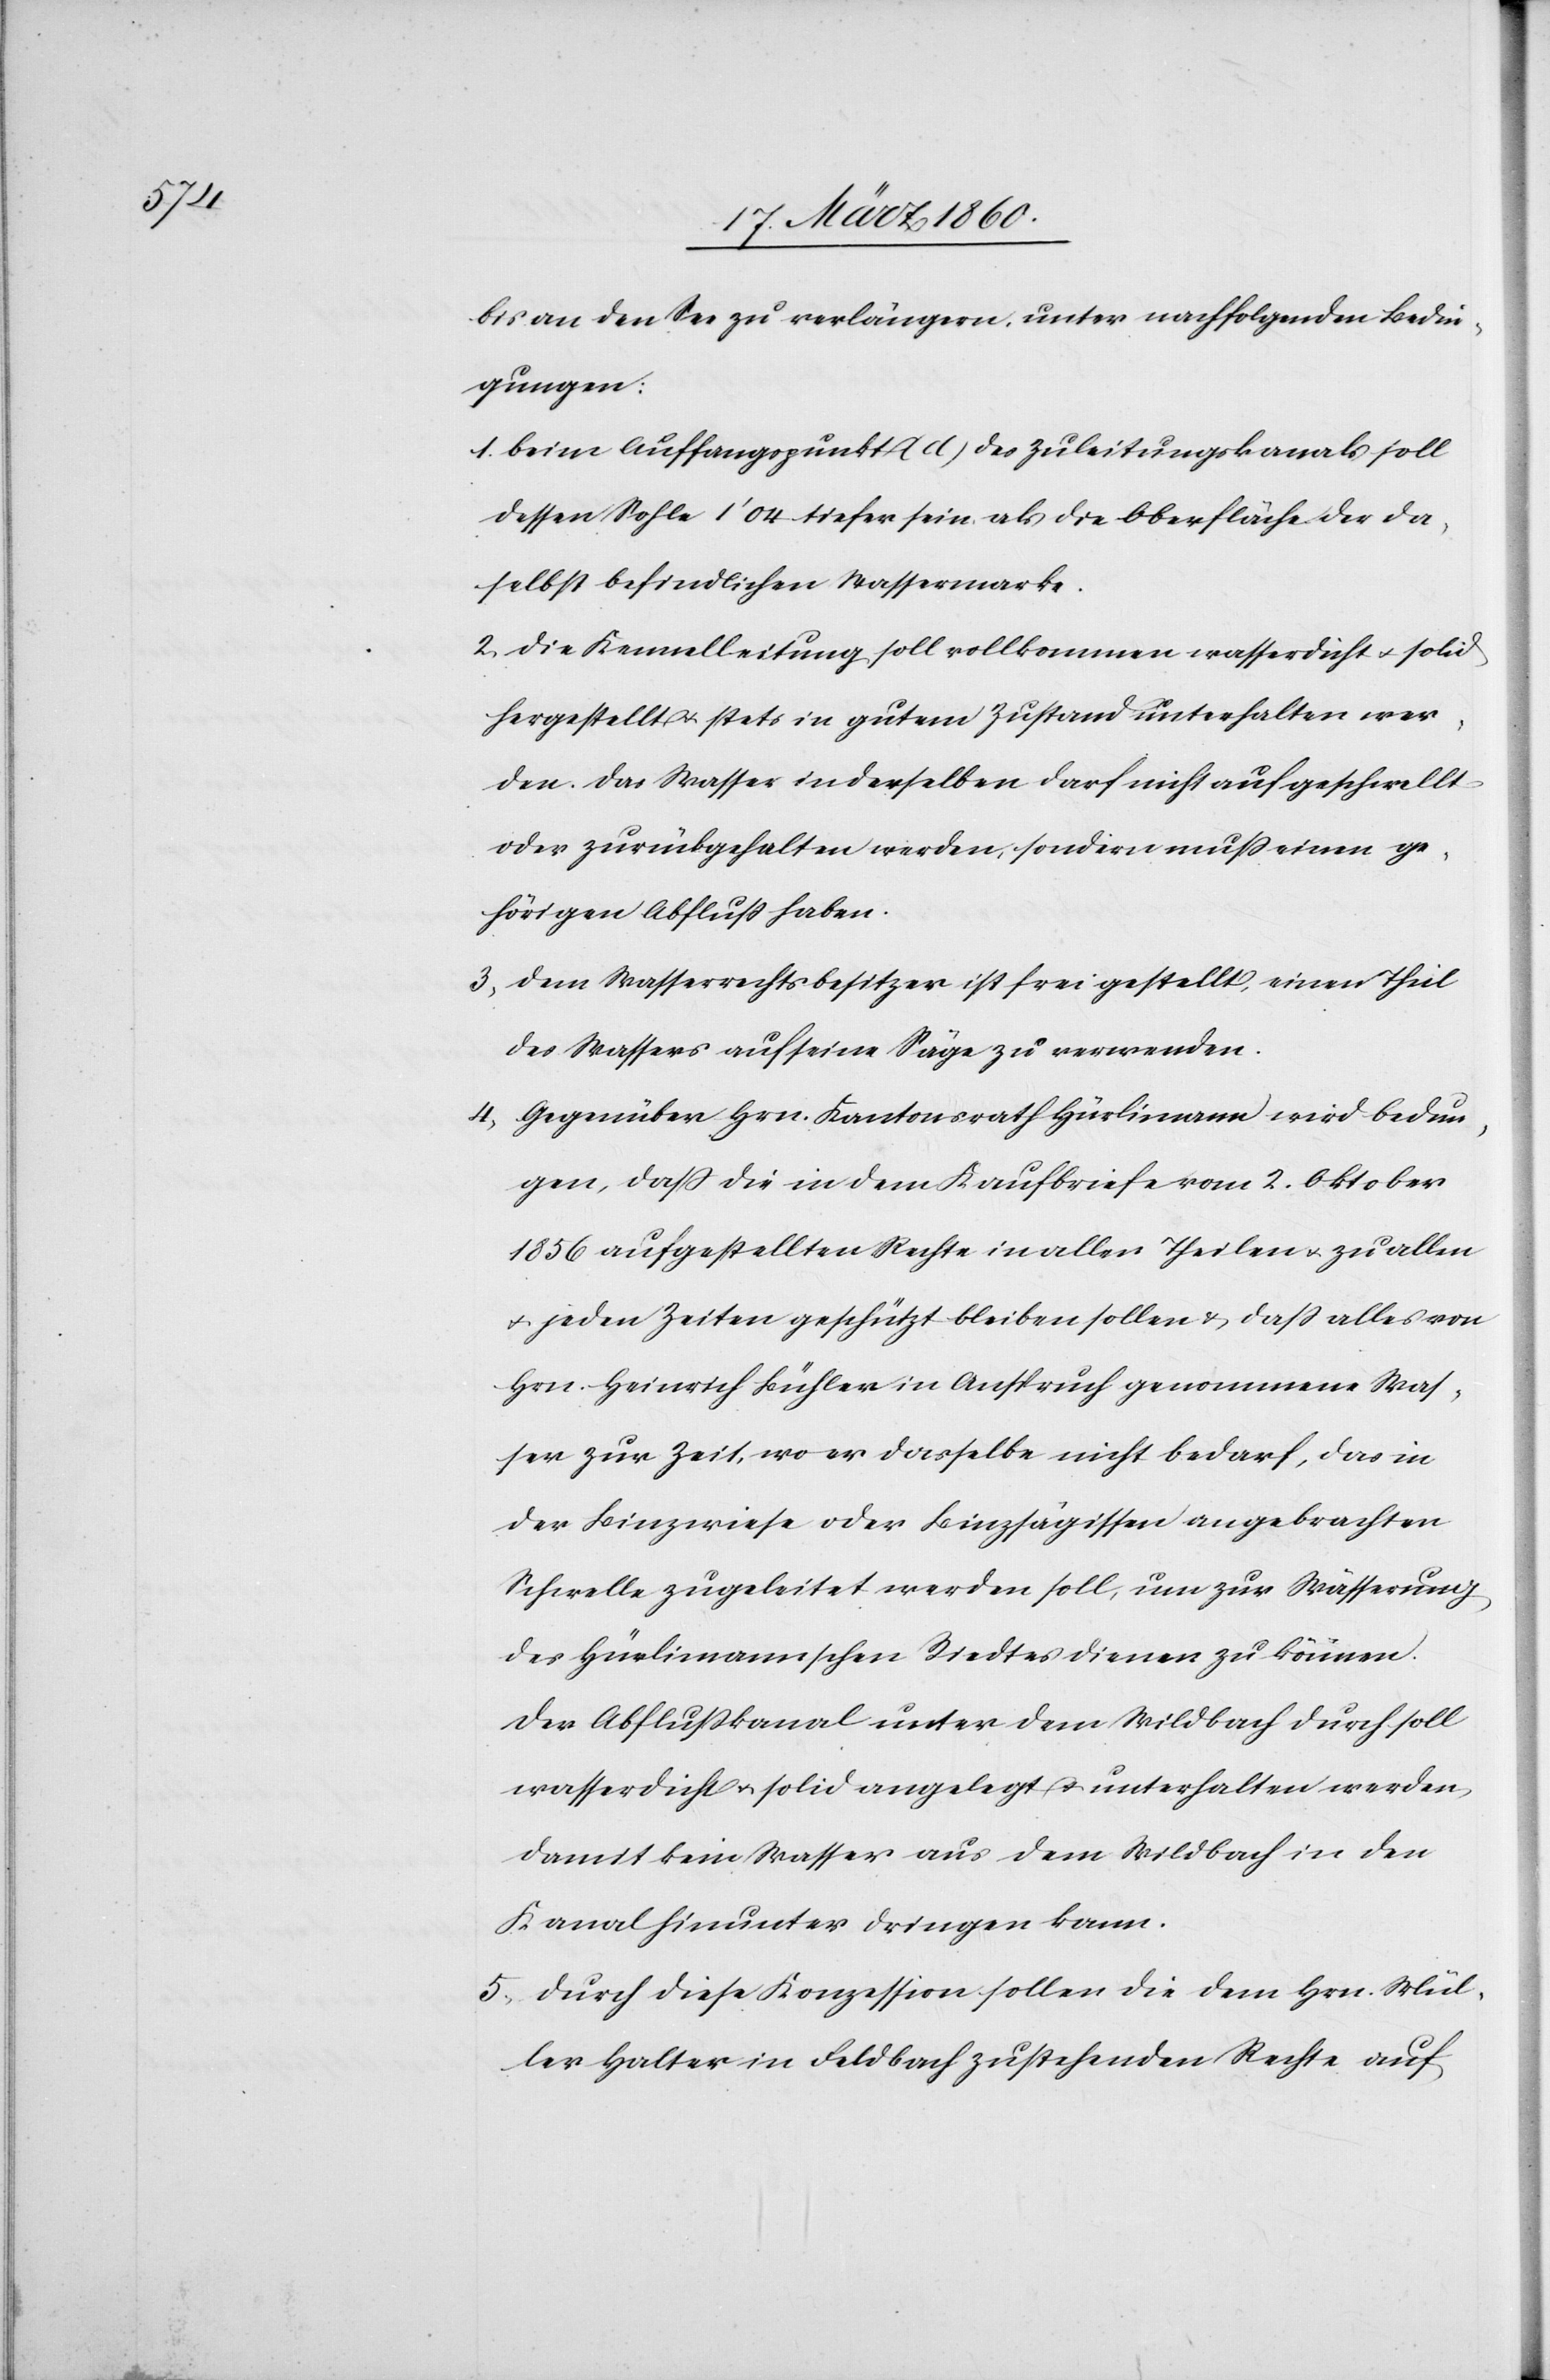
bis an den See zu verlängern, unter nachfolgenden Bedin¬
gungen:
1. beim Auffangspunkt (d) des Zuleitungskanals soll
dessen Sohle 1’ 04 tiefer sein als die Oberfläche der da¬
selbst befindlichen Wassermarke.
2. Die Kennelleitung soll vollkommen wasserdicht u. solid
hergestellt u. stets in gutem Zustand unterhalten wer¬
den. Das Wasser in derselben darf nicht aufgeschwellt
oder zurückgehalten werden, sondern muss einen ge¬
hörigen Abfluß haben.
3. Dem Wasserrechtsbesitzer ist frei gestellt, einen Theil
des Wassers auf seine Säge zu verwenden.
4. Gegenüber Hrn. Kantonsrath Hürlimann wird bedun¬
gen, dass die in dem Kaufbriefe vom 2. Oktober
1856 aufgestellten Rechte in allen Theilen u. zu allen
u. jeden Zeiten geschützt bleiben sollen u. dass alles von
Hrn. Heinrich Bühler in Anspruch genommene Was¬
ser zur Zeit, wo er dasselbe nicht bedarf, das in
der Binzwiese oder Binzsägissen angebrachten
Schwelle zugeleitet werden soll, um zur Wässerung
des Hürlimannschen Riedtes dienen zu können.
Der Abflusskanal unter dem Wildbach durch soll
wasserdicht u. solid angelegt u. unterhalten werden,
damit kein Wasser aus dem Wildbach in den
Kanal hinunter dringen kann.
5. Durch diese Konzession sollen die dem Hrn. Mül¬
ler Halter in Feldbach zustehenden Rechte auf